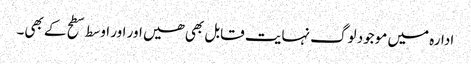
ادارہ میں موجود لوگ نہایت قابل بھی ھیں اور اور اوسط سطح کے بھی۔